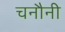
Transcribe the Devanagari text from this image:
चनौनी